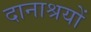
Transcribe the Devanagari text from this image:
दानाश्रयों